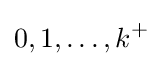
{0,1,\ldots ,k^{+}}